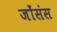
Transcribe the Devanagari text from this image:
जोंसंस